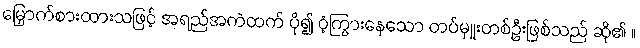
မြှောက်စားထားသဖြင့် အရည်အကဲထက် ပို၍ ဝံ့ကြွားနေသော တပ်မှူးတစ်ဦးဖြစ်သည် ဆို၏ ။